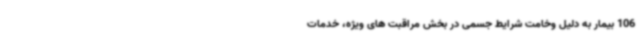
106 بیمار به دلیل وخامت شرایط جسمی در بخش مراقبت های ویژه، خدمات